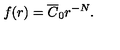
f ( r ) = \overline { { C } } _ { 0 } r ^ { - N } \mathrm { . }